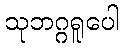
သုဘဂ္ဂရူပေါ